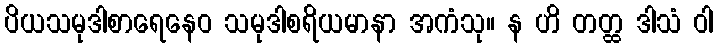
ပိယသမုဒါစာရေနေဝ သမုဒါစရိယမာနာ အကံသု။ န ဟိ တတ္ထ ဒါသံ ဝါ